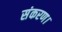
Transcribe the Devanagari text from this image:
संकरण।